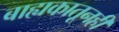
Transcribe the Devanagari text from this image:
बाह्यकातूनही